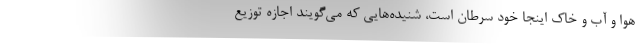
هوا و آب و خاك اينجا خود سرطان است، شنيده‌هايي كه مي‌گويند اجازه توزيع